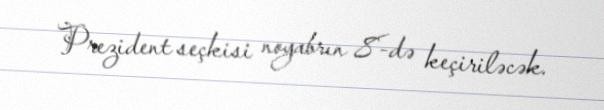
Prezident seçkisi noyabrın 8-də keçiriləcək.